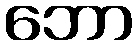
ဘော